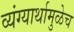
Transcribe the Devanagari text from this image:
व्यंग्यार्थामुळेच